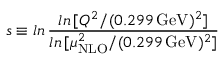
s \equiv l n \, \frac { l n \, [ Q ^ { 2 } / ( 0 . 2 9 9 \, \mathrm { { G e V } } ) ^ { 2 } ] } { l n \, [ \mu _ { \mathrm { N L O } } ^ { 2 } / ( 0 . 2 9 9 \, \mathrm { { G e V } } ) ^ { 2 } ] }